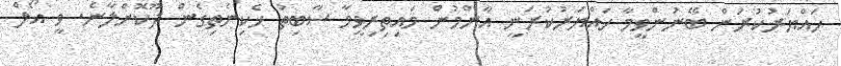
ހައްޔަރުކުރަން ބޭނުންވީމާ ހައްޔަރުކުރަނީ އާންމުން މައިތިރިވީމާ ސާބިތު ހެކިނެތިގެން ދޫކޮށްލާނެ. ވީ އޯލް